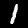
Label: 1